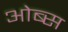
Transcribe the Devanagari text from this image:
ओब्स